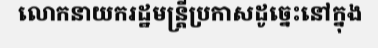
លោកនាយករដ្ឋមន្ត្រីប្រកាសដូច្នេះនៅក្នុង